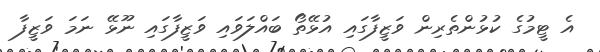
އެ ޓީމުގެ ކުޅުންތެރިން ވަޒީފާގައި އުޅޭތޯ ބައްލަވައި ވަޒީފާގައި ނޫޅޭ ނަމަ ވަޒީފާ